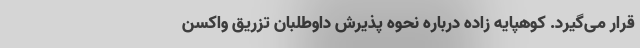
قرار می‌گیرد. کوهپایه زاده درباره نحوه پذیرش داوطلبان تزریق واکسن